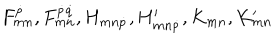
F _ { m n } ^ { \dot { p } } , F _ { m n } ^ { \dot { p } \dot { q } } , H _ { m n \dot { p } } , H _ { m n \dot { p } } ^ { \prime } , K _ { m n } , K _ { m n } ^ { \prime }